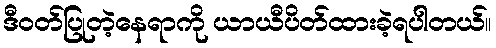
ဒီဝတ်ပြုတဲ့နေရာကို ယာယီပိတ်ထားခဲ့ရပါတယ်။